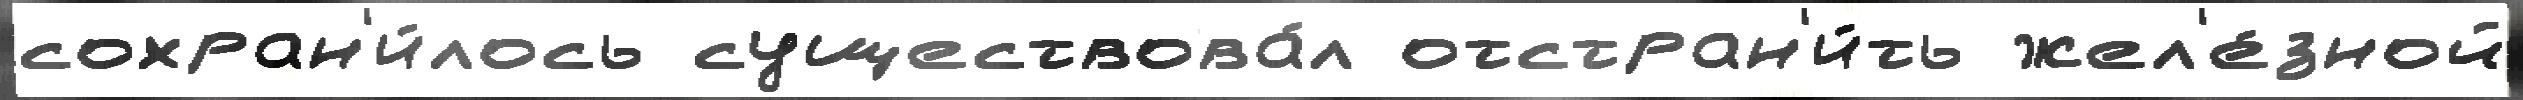
сохран'и́лось существова́л отстран'и́ть жел'е́зной